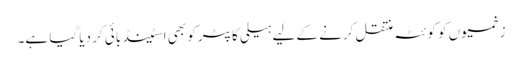
زخمیوں کو کوئٹہ منتقل کرنے کے لیے ہیلی کاپٹر کو بھی اسٹینڈ بائی کر دیا گیا ہے۔